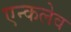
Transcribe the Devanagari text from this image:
एन्कलेव